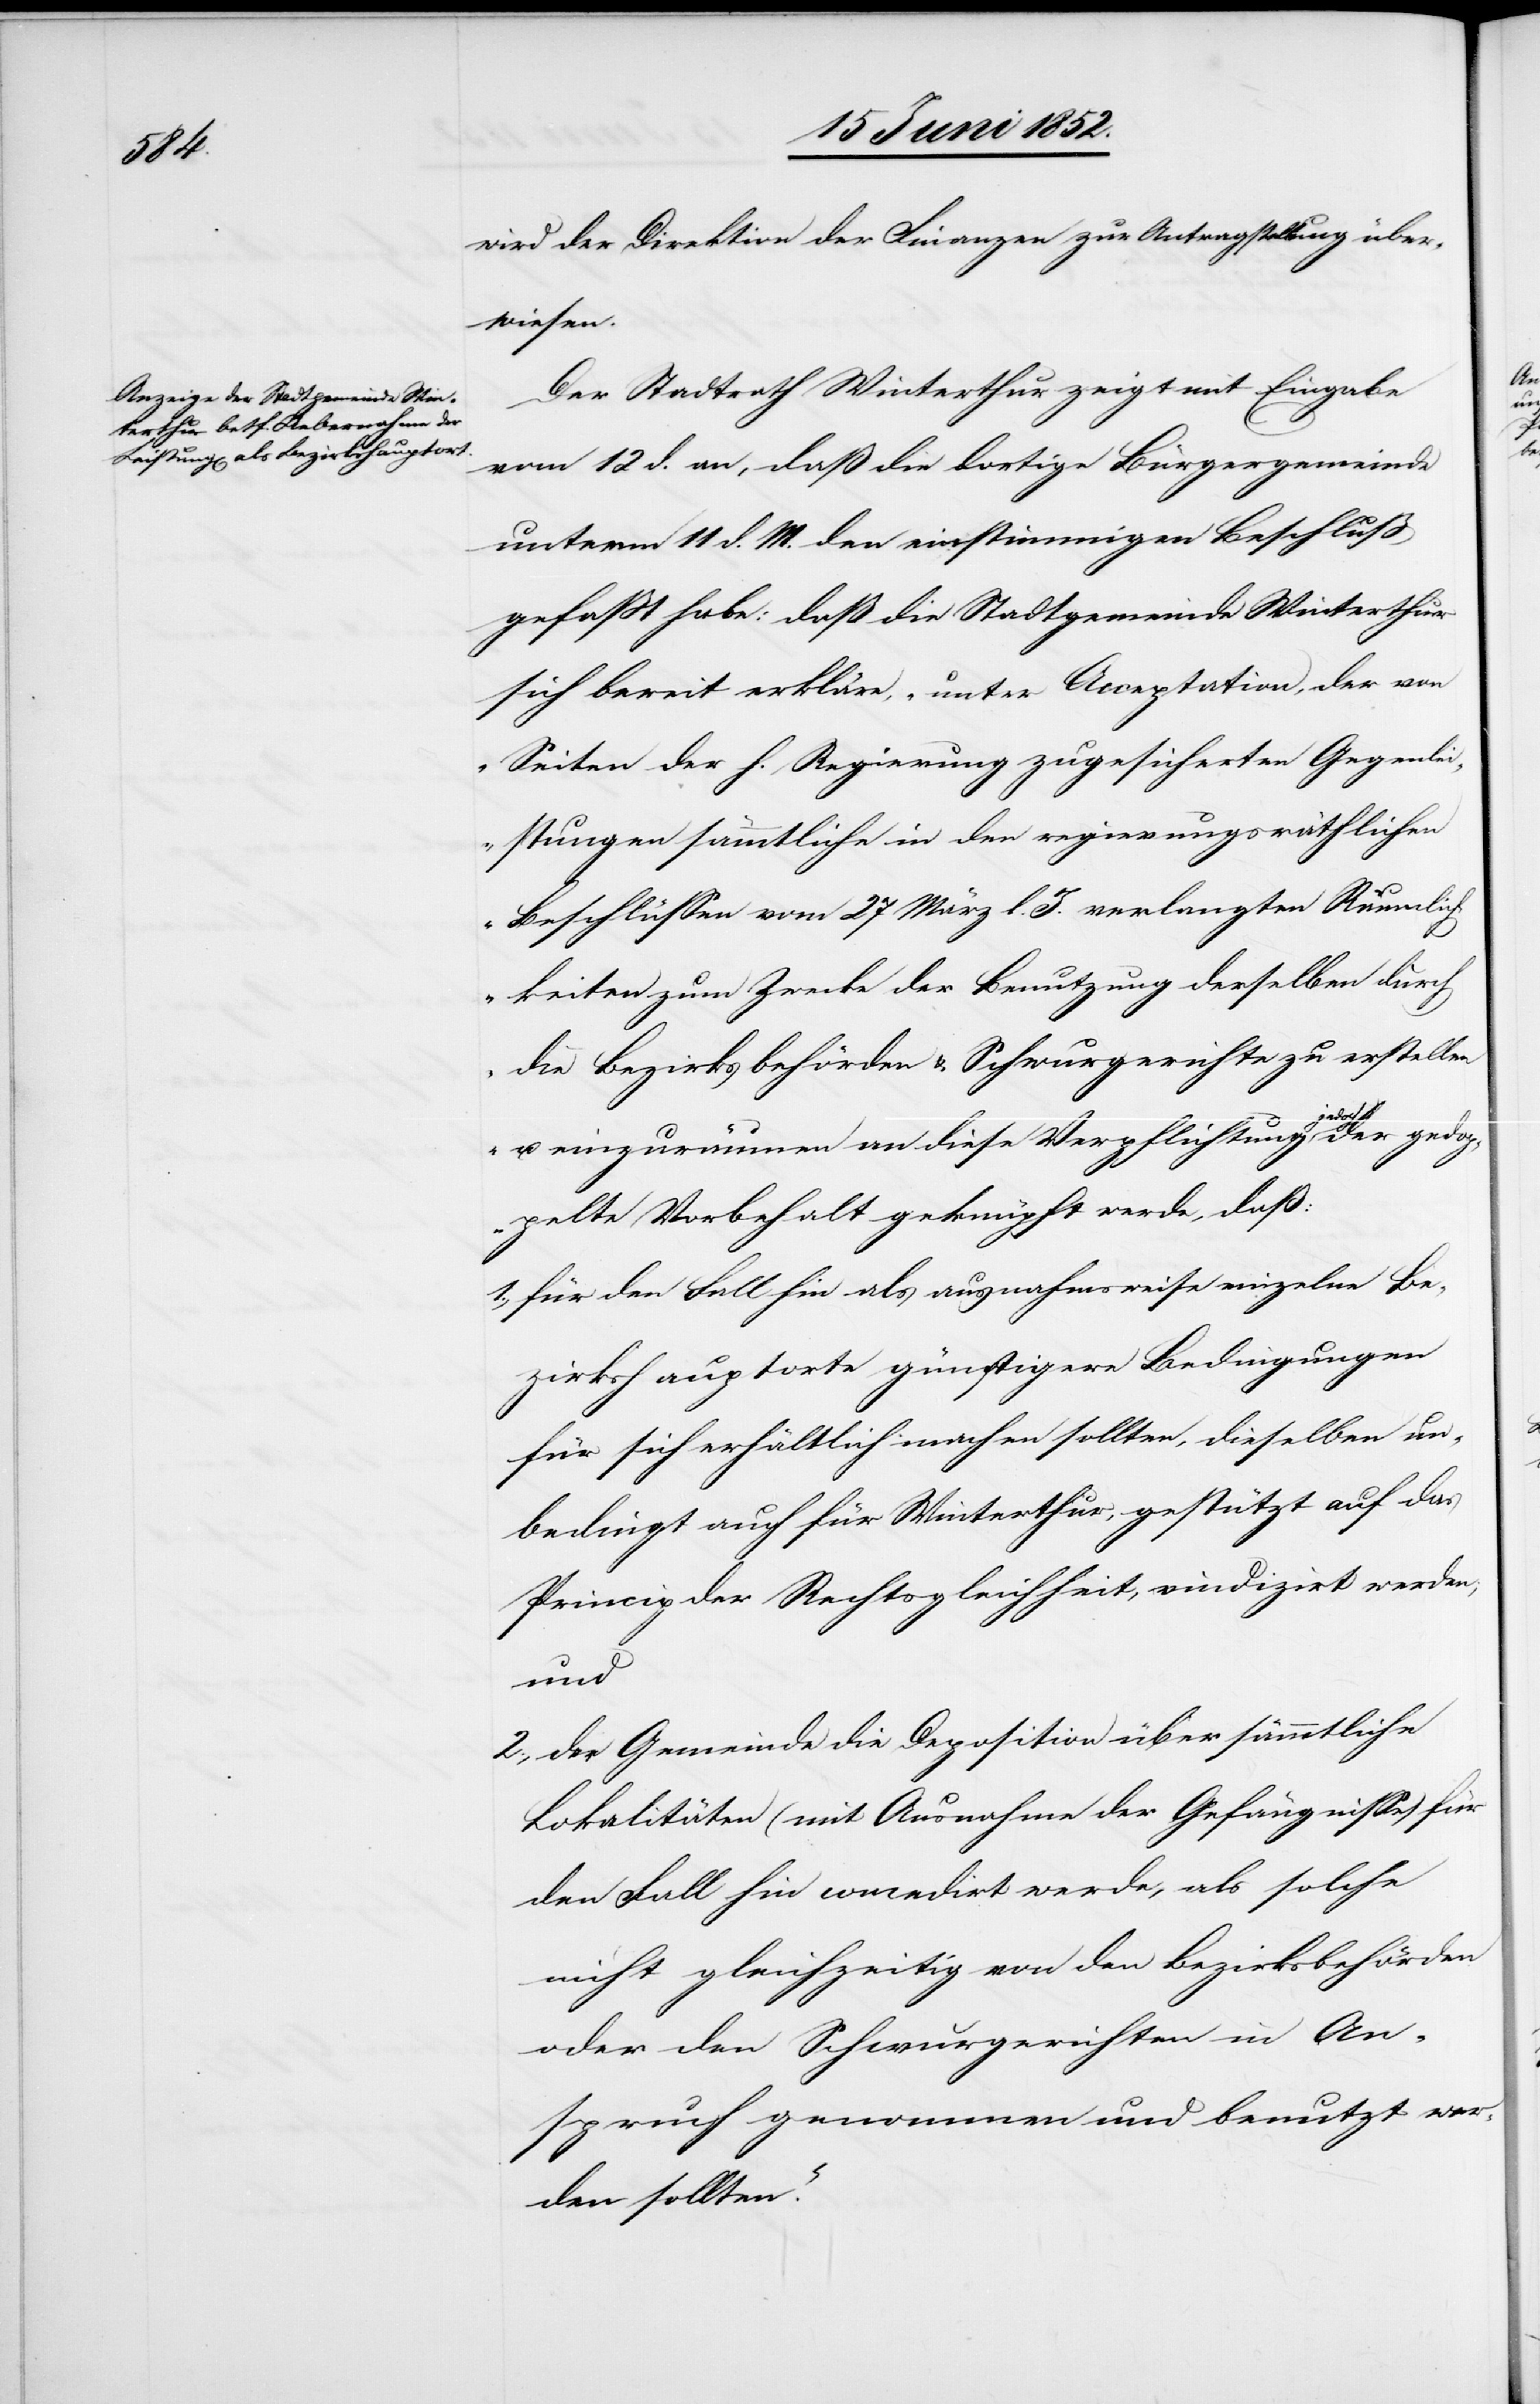
wird der Direktion der Finanzen zur Antragstellung über¬
wiesen.
Der Stadtrath Winterthur zeigt mit Eingabe
vom 12 d. an, daß die dortige Bürgergemeinde
unterm 11 d. M. den einstimmigen Beschluss
gefasst habe: daß die Stadtgemeinde Winterthur
sich bereit erkläre, „unter Acceptation, der von
Seiten der h. Regierung zugesicherten Gegenlei¬
stungen sämmtliche in den regierungsräthlichen
Beschlüssen vom 27 März l. J. verlangten Räumlich¬
keiten zum Zwecke der Benutzung derselben durch
die Bezirksbehörden & Schwurgerichte zu erstellen
u. einzuräumen an diese Verpflichtung jedoch der gedop¬
pelte Vorbehalt geknüpft werde, daß:
für den Fall hin als ausnahmsweise einzelne Be¬
zirkshauptorte günstigere Bedingungen
für sich erhältlich machen sollten, dieselben un¬
bedingt auch für Winterthur, gestützt auf das
Princip der Rechtsgleichheit, vindizirt werden;
und
der Gemeinde die Deposition über sämmtliche
Lokalitäten (mit Ausnahme der Gefängnisse) für
den Fall hin concedirt werde, als solche
nicht gleichzeitig von den Bezirksbehörden
oder den Schwurgerichten in An¬
spruch genommen und benutzt wer¬
den sollten.“